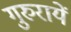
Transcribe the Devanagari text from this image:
गुरुरायें